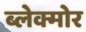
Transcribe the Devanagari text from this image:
ब्लेक्मोर